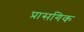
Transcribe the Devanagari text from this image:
प्रासगिक